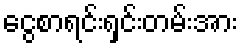
ငွေစာရင်းရှင်းတမ်းအား